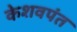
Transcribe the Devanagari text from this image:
केशवपंत